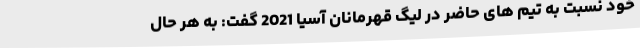
خود نسبت به تیم های حاضر در لیگ قهرمانان آسیا 2021 گفت: به هر حال